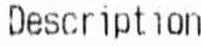
DESCRIPTION